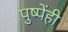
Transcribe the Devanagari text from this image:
पुष्पेंही